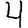
Digit: 4